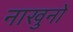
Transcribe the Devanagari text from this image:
नाखुनों